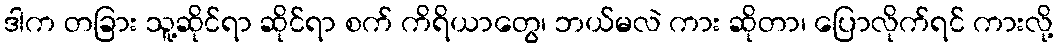
ဒါက တခြား သူ့ဆိုင်ရာ ဆိုင်ရာ စက် ကိရိယာတွေ၊ ဘယ်မလဲ ကား ဆိုတာ၊ ပြောလိုက်ရင် ကားလို့